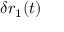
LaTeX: \delta r _ { 1 } ( t )